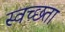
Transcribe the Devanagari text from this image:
स्वच्‍छता